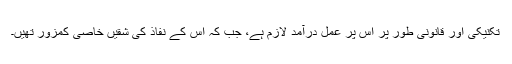
تکنیکی اور قانونی طور پر اِس پر عمل درآمد لازم ہے، جب کہ اِس کے نفاذ کی شقیں خاصی کمزور تھیں۔